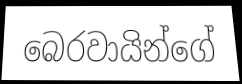
බෙරවායින්ගේ